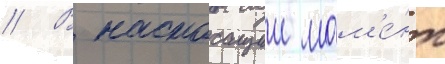
// В настоащии мом'е́нт